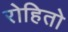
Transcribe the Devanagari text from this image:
रोहितो